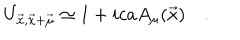
U _ { \vec { x } , \vec { x } + \vec { \mu } } \simeq 1 + i c a A _ { \mu } ( \vec { x } ) \quad .